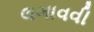
લગાવવી